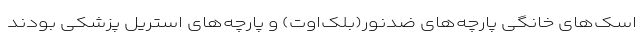
اسک‌های خانگی پارچه‌های ضدنور(بلک‌اوت) و پارچه‌های استریل پزشکی بودند